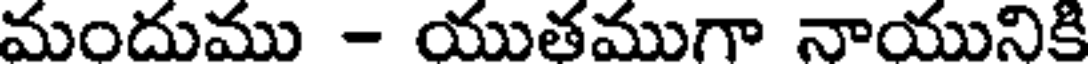
మందుము - యుతముగా నాయునికి